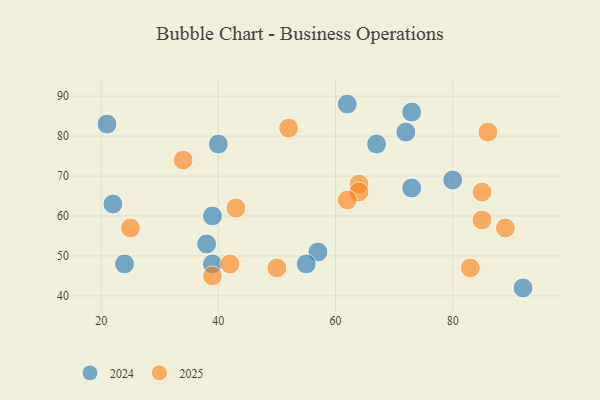
{"axis": {"x": "GDP", "y": "Life Expectancy"}, "legend": ["2024", "2025"], "data": [{"x": "57", "y": 51, "type": "2024"}, {"x": "40", "y": 78, "type": "2024"}, {"x": "62", "y": 88, "type": "2024"}, {"x": "21", "y": 83, "type": "2024"}, {"x": "39", "y": 60, "type": "2024"}, {"x": "55", "y": 48, "type": "2024"}, {"x": "73", "y": 67, "type": "2024"}, {"x": "73", "y": 86, "type": "2024"}, {"x": "39", "y": 48, "type": "2024"}, {"x": "72", "y": 81, "type": "2024"}, {"x": "22", "y": 63, "type": "2024"}, {"x": "38", "y": 53, "type": "2024"}, {"x": "80", "y": 69, "type": "2024"}, {"x": "92", "y": 42, "type": "2024"}, {"x": "24", "y": 48, "type": "2024"}, {"x": "67", "y": 78, "type": "2024"}, {"x": "50", "y": 47, "type": "2025"}, {"x": "43", "y": 62, "type": "2025"}, {"x": "83", "y": 47, "type": "2025"}, {"x": "64", "y": 68, "type": "2025"}, {"x": "34", "y": 74, "type": "2025"}, {"x": "52", "y": 82, "type": "2025"}, {"x": "42", "y": 48, "type": "2025"}, {"x": "64", "y": 66, "type": "2025"}, {"x": "85", "y": 66, "type": "2025"}, {"x": "25", "y": 57, "type": "2025"}, {"x": "85", "y": 59, "type": "2025"}, {"x": "39", "y": 45, "type": "2025"}, {"x": "86", "y": 81, "type": "2025"}, {"x": "89", "y": 57, "type": "2025"}, {"x": "62", "y": 64, "type": "2025"}]}